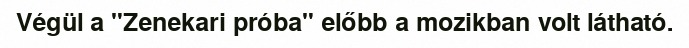
Végül a "Zenekari próba" előbb a mozikban volt látható.